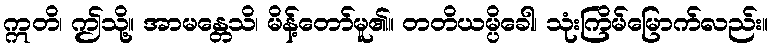
ဣတိ၊ ဤသို့။ အာမန္တေသိ၊ မိန့်တော်မူ၏။ တတိယမ္ပိခေါ၊ သုံးကြိမ်မြောက်လည်း။